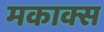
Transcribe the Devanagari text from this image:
मकाक्स